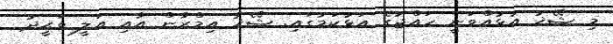
މި ޝޭޚު އުޅުއްވަނީ ހައްޖުގެ އަޅުކަމުގައި. ޝޭޚު އިމްރާން އާއި އަލީ ވަޙީދު